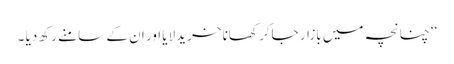
‘‘ چنانچہ میں بازار جاکر کھانا خریدلایا اور ان کے سامنے رکھ دیا ۔